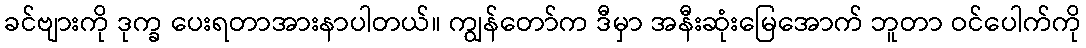
ခင်ဗျားကို ဒုက္ခ ပေးရတာအားနာပါတယ်။ ကျွန်တော်က ဒီမှာ အနီးဆုံးမြေအောက် ဘူတာ ဝင်ပေါက်ကို